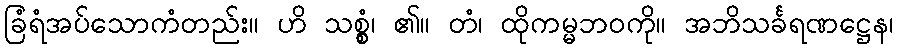
ခြံရံအပ်သောကံတည်း။ ဟိ သစ္စွံ၊ ၏။ တံ၊ ထိုကမ္မဘဝကို။ အဘိသင်္ခရဏဋ္ဌေန၊